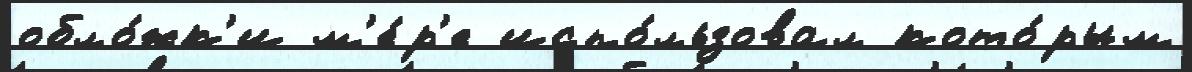
обло́жк'и м'е́р'е испо́льзовал кото́рым